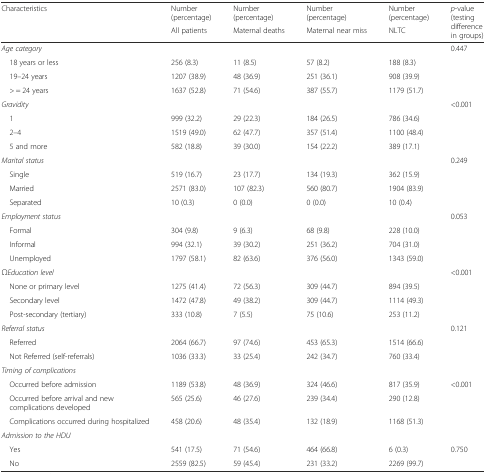
<table><thead><tr><td rowspan="2"><b>Characteristics</b></td><td><b>Number (percentage)</b></td><td><b>Number (percentage)</b></td><td><b>Number (percentage)</b></td><td><b>Number (percentage)</b></td><td rowspan="2"><b><i>p</i>-value (testing difference in groups)</b></td></tr><tr><td><b>All patients</b></td><td><b>Maternal deaths</b></td><td><b>Maternal near miss</b></td><td><b>NLTC</b></td></tr></thead><tbody><tr><td><i>Age category</i></td><td></td><td></td><td></td><td></td><td rowspan="4">0.447</td></tr><tr><td> 18 years or less</td><td>256 (8.3)</td><td>11 (8.5)</td><td>57 (8.2)</td><td>188 (8.3)</td></tr><tr><td> 19–24 years</td><td>1207 (38.9)</td><td>48 (36.9)</td><td>251 (36.1)</td><td>908 (39.9)</td></tr><tr><td> &gt; = 24 years</td><td>1637 (52.8)</td><td>71 (54.6)</td><td>387 (55.7)</td><td>1179 (51.7)</td></tr><tr><td><i>Gravidity</i></td><td></td><td></td><td></td><td></td><td rowspan="4">&lt;0.001</td></tr><tr><td> 1</td><td>999 (32.2)</td><td>29 (22.3)</td><td>184 (26.5)</td><td>786 (34.6)</td></tr><tr><td> 2–4</td><td>1519 (49.0)</td><td>62 (47.7)</td><td>357 (51.4)</td><td>1100 (48.4)</td></tr><tr><td> 5 and more</td><td>582 (18.8)</td><td>39 (30.0)</td><td>154 (22.2)</td><td>389 (17.1)</td></tr><tr><td><i>Marital status</i></td><td></td><td></td><td></td><td></td><td rowspan="4">0.249</td></tr><tr><td> Single</td><td>519 (16.7)</td><td>23 (17.7)</td><td>134 (19.3)</td><td>362 (15.9)</td></tr><tr><td> Married</td><td>2571 (83.0)</td><td>107 (82.3)</td><td>560 (80.7)</td><td>1904 (83.9)</td></tr><tr><td> Separated</td><td>10 (0.3)</td><td>0 (0.0)</td><td>0 (0.0)</td><td>10 (0.4)</td></tr><tr><td><i>Employment status</i></td><td></td><td></td><td></td><td></td><td rowspan="4">0.053</td></tr><tr><td> Formal</td><td>304 (9.8)</td><td>9 (6.3)</td><td>68 (9.8)</td><td>228 (10.0)</td></tr><tr><td> Informal</td><td>994 (32.1)</td><td>39 (30.2)</td><td>251 (36.2)</td><td>704 (31.0)</td></tr><tr><td> Unemployed</td><td>1797 (58.1)</td><td>82 (63.6)</td><td>376 (56.0)</td><td>1343 (59.0)</td></tr><tr><td><i>ΩEducation level</i></td><td></td><td></td><td></td><td></td><td rowspan="4">&lt;0.001</td></tr><tr><td> None or primary level</td><td>1275 (41.4)</td><td>72 (56.3)</td><td>309 (44.7)</td><td>894 (39.5)</td></tr><tr><td> Secondary level</td><td>1472 (47.8)</td><td>49 (38.2)</td><td>309 (44.7)</td><td>1114 (49.3)</td></tr><tr><td> Post-secondary (tertiary)</td><td>333 (10.8)</td><td>7 (5.5)</td><td>75 (10.6)</td><td>253 (11.2)</td></tr><tr><td><i>Referral status</i></td><td></td><td></td><td></td><td></td><td rowspan="3">0.121</td></tr><tr><td> Referred</td><td>2064 (66.7)</td><td>97 (74.6)</td><td>453 (65.3)</td><td>1514 (66.6)</td></tr><tr><td> Not Referred (self-referrals)</td><td>1036 (33.3)</td><td>33 (25.4)</td><td>242 (34.7)</td><td>760 (33.4)</td></tr><tr><td><i>Timing of complications</i></td><td></td><td></td><td></td><td></td><td></td></tr><tr><td> Occurred before admission</td><td>1189 (53.8)</td><td>48 (36.9)</td><td>324 (46.6)</td><td>817 (35.9)</td><td rowspan="3">&lt;0.001</td></tr><tr><td> Occurred before arrival and new complications developed</td><td>565 (25.6)</td><td>46 (27.6)</td><td>239 (34.4)</td><td>290 (12.8)</td></tr><tr><td> Complications occurred during hospitalized</td><td>458 (20.6)</td><td>48 (35.4)</td><td>132 (18.9)</td><td>1168 (51.3)</td></tr><tr><td><i>Admission to the HDU</i></td><td></td><td></td><td></td><td></td><td></td></tr><tr><td> Yes</td><td>541 (17.5)</td><td>71 (54.6)</td><td>464 (66.8)</td><td>6 (0.3)</td><td rowspan="2">0.750</td></tr><tr><td> No</td><td>2559 (82.5)</td><td>59 (45.4)</td><td>231 (33.2)</td><td>2269 (99.7)</td></tr></tbody></table>